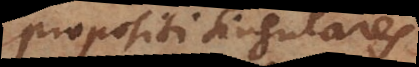
propositi singulares